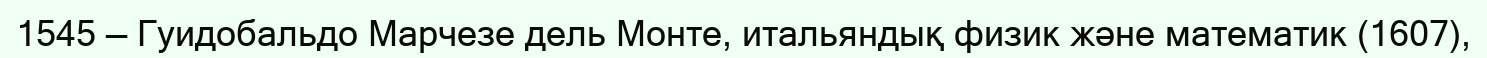
1545 — Гуидобальдо Марчезе дель Монте, итальяндық физик және математик (1607),